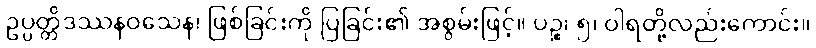
ဥပ္ပတ္တိဒဿနဝသေန၊ ဖြစ်ခြင်းကို ပြခြင်း၏ အစွမ်းဖြင့်။ ပဉ္စ၊ ၅၊ ဝါရတို့လည်းကောင်း။